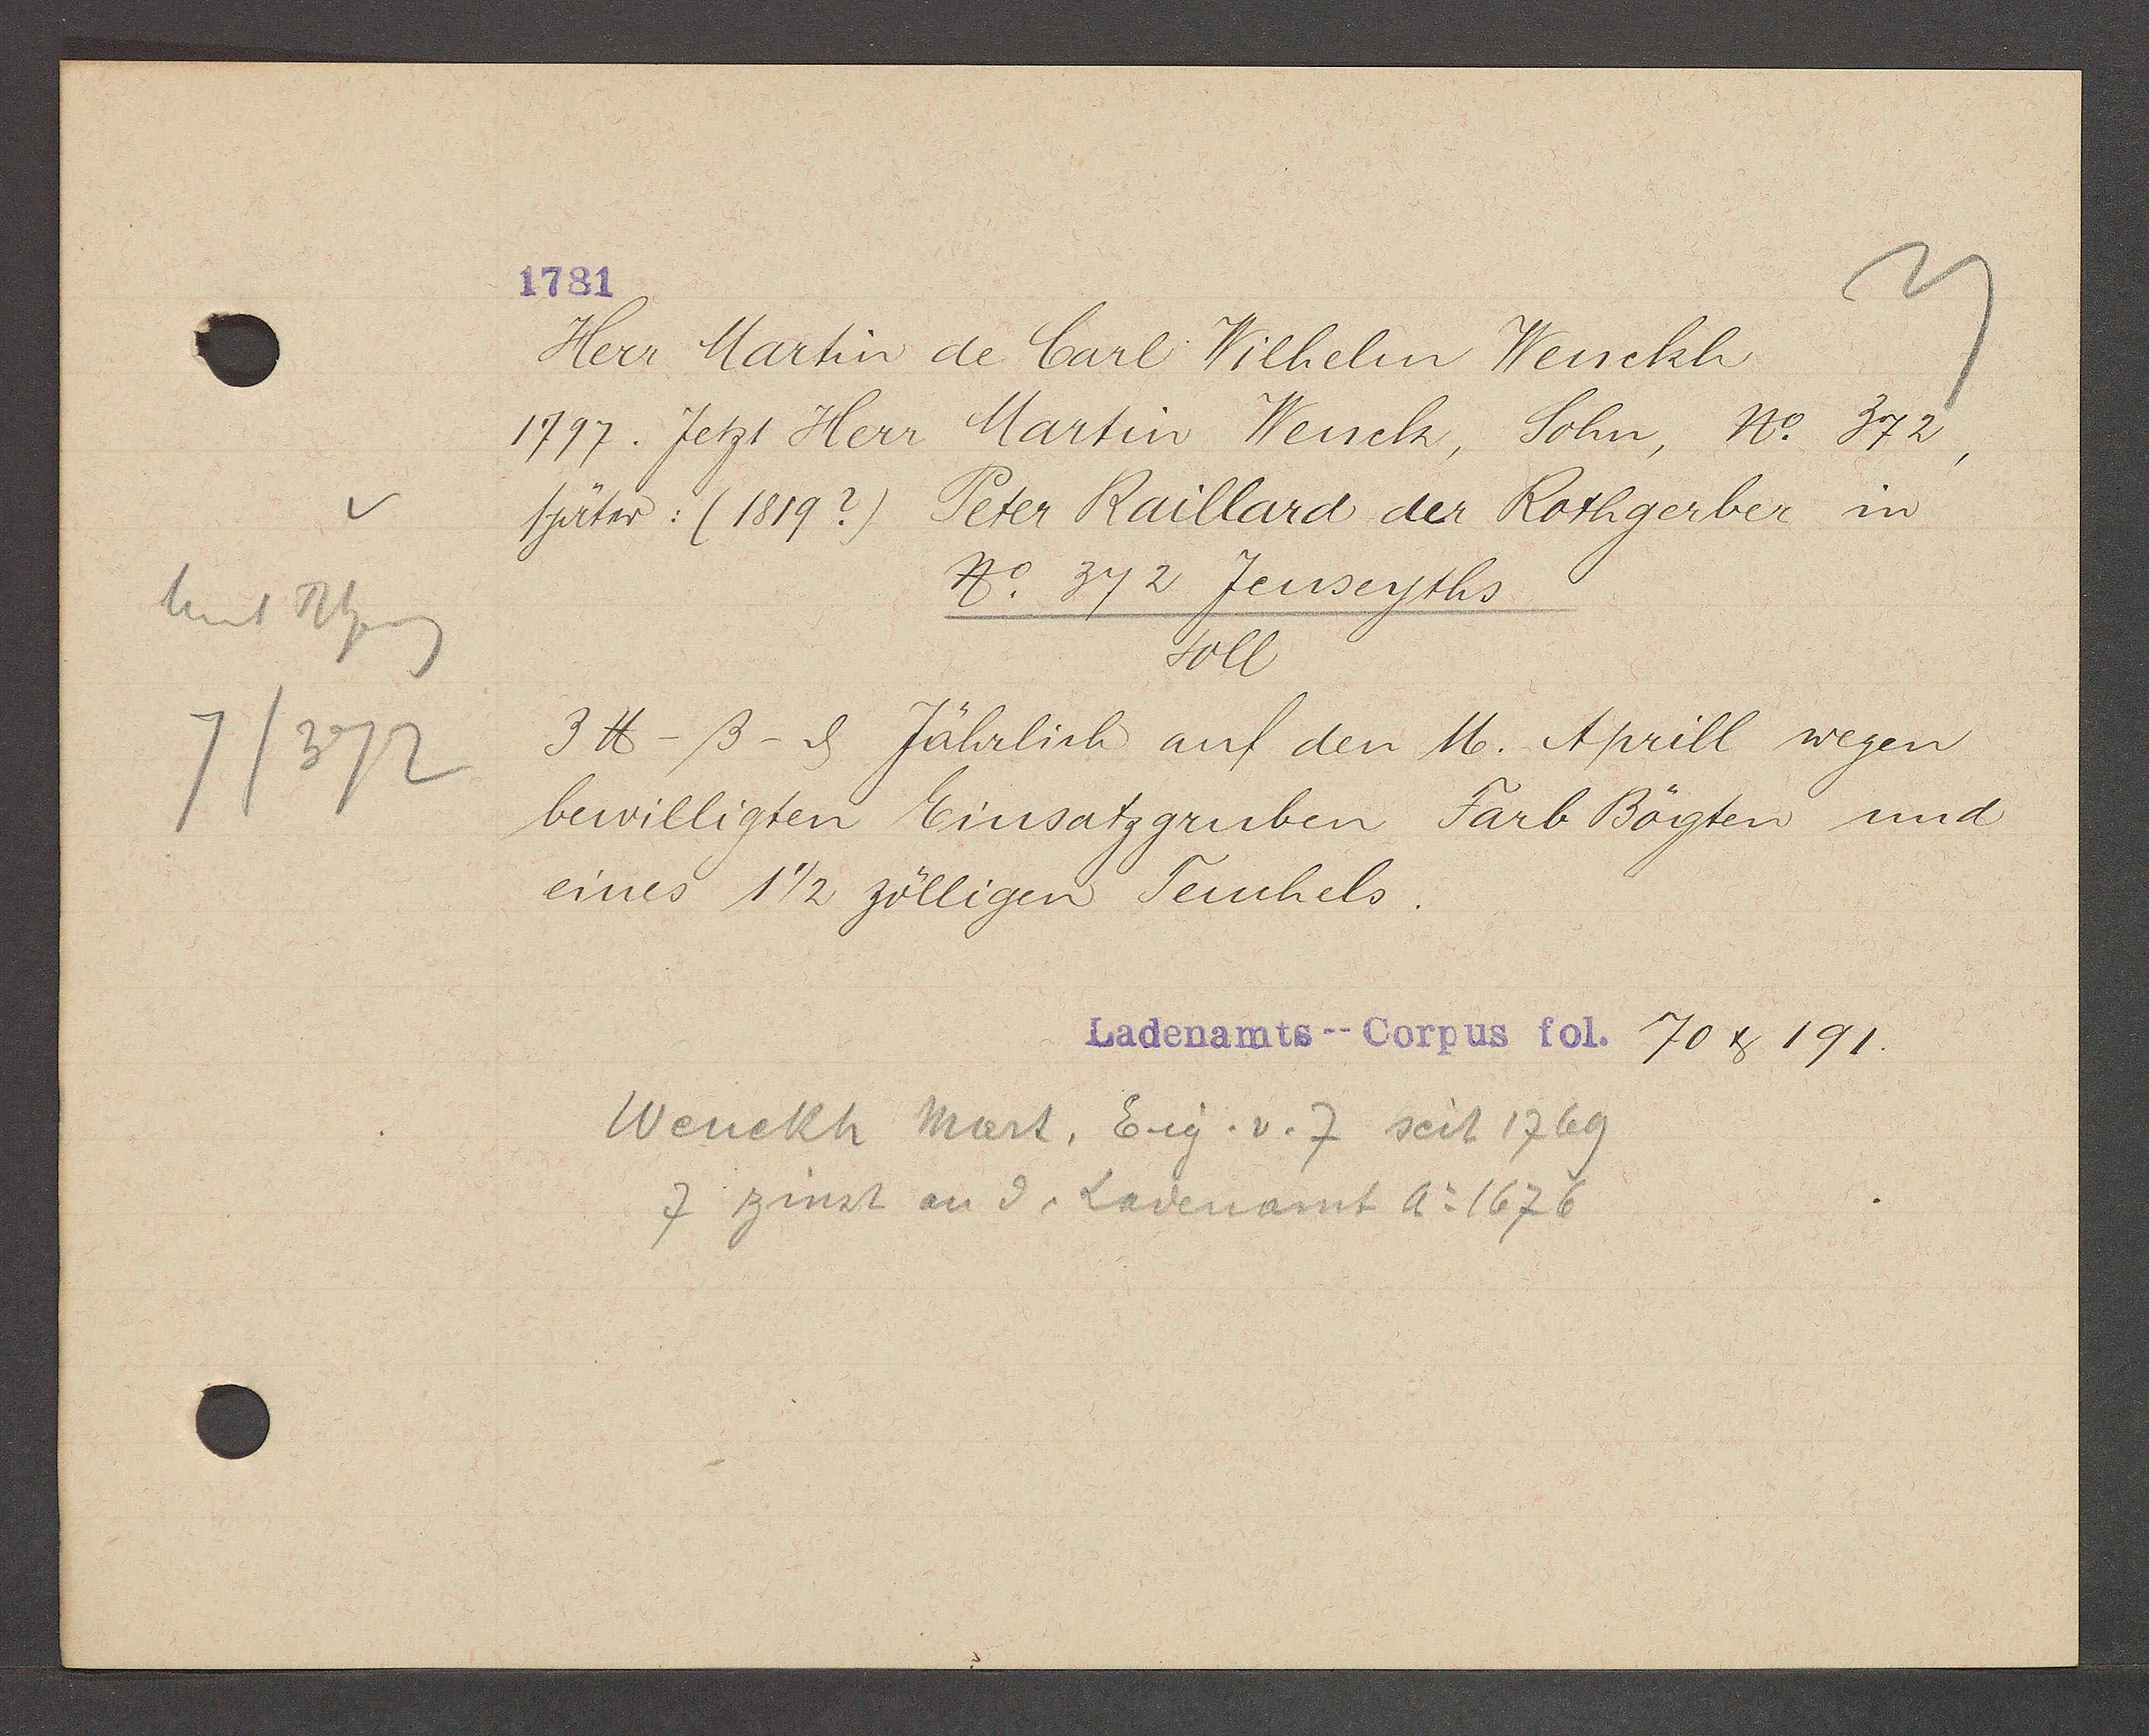
Transcript:
hint Rheing
7/372

1781

Herr Martin de Carl Wilhelm Wenckh
1797. Jetzt Herr Martin Wenck,
Sohn, No. 372,
später (1819?) Peter Raillard der Rothgerber in
No 372 Jenseyths
soll
3 ℔ -ß- ȡ Jährlich auf den M. Aprill wegen
bewilligten Einsatzgruben Farb Bögten und
eines 1 1/2 zölligen Teuchels.

Ladenamts--Corpus fol. 708 191.

Wenckh Mart, Eig. v. 7 seit 1769
7 zinst an d. Ladenamt Ao 1676